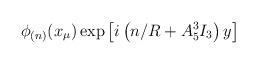
LaTeX: \begin{align*}\phi_{(n)}(x_\mu) \exp \left[i \left(n/R + A_5^3 I_3\right)y \right]\end{align*}